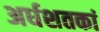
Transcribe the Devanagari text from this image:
अर्धशतकां